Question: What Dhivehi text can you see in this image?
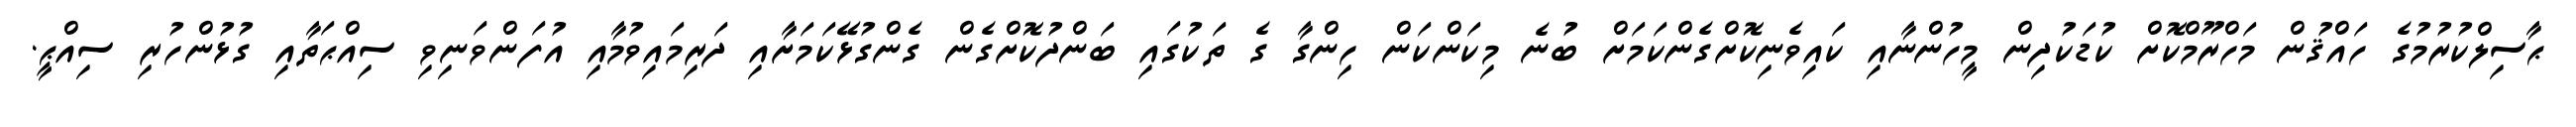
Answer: ޙާސިލްކުރުމުގެ ހައްޤުން މަހްރޫމްކޮށް ކުޑަކުދިން މީހުންނާއި ކައިވެނިކޮށްގެންކަމަށް ބުނެ މިކަންކަން ހިންގާ ގެ ތަކުގައި ބަންދުކޮށްގެން ގެންގުޅޭކަމަށާއި ދަރިމައިވުމާއި އުފަންވަނިވި ސިއްޙަތާއި ގުޅުންހުރި ސިއްޙީ.